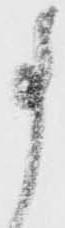
事